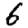
Digit: 6